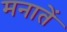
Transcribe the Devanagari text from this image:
मनातें